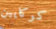
كوكايين